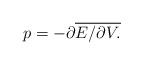
LaTeX: \begin{align*}p=-\partial \overline{E/\partial V.} \end{align*}